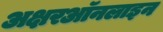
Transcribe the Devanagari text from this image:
अक्षरऑनलाइन